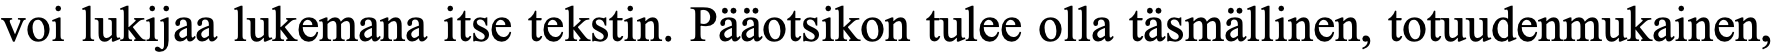
voi lukijaa lukemana itse tekstin. Pääotsikon tulee olla täsmällinen, totuudenmukainen,